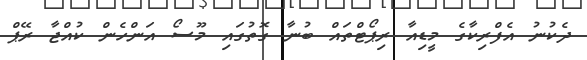
ދެކުނު އެފްރިކާގެ މީޑިއާ ރިޕޯޓްތައް ބުނާ ގޮތުގައި މޫސޯ އަންހެން ކުއްޖާ ރޭޕް